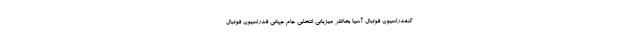
کنفدراسیون فوتبال آسیا بخاطر میزبانی انتخابی جام جهانی فدراسیون فوتبال